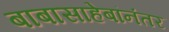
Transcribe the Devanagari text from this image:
बाबासाहेबांनंतर